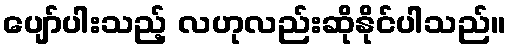
ပျော်ပါးသည့် လဟုလည်းဆိုနိုင်ပါသည်။